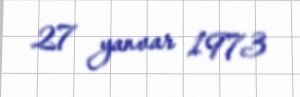
27 yanvar 1973